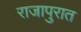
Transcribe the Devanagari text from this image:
राजापुरात